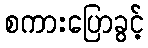
စကားပြောခွင့်